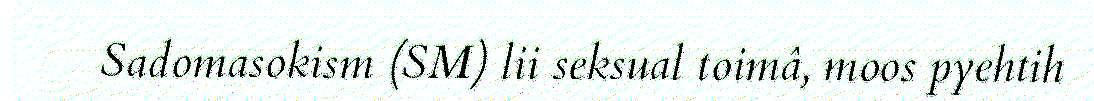
Sadomasokism (SM) lii seksual toimâ, moos pyehtih